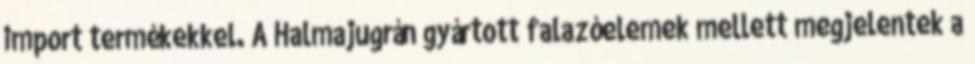
import termékekkel. A Halmajugrán gyártott falazóelemek mellett megjelentek a